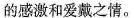
的感激和爱戴之情。